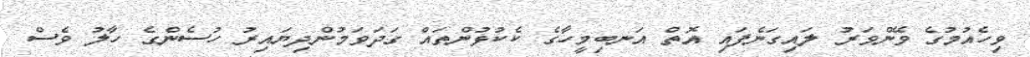
ވިހެއުމުގެ ވޭންވަރު ލައިގަނެފައި އޮތް އަނބިމީހާގެ ކެކުޅުންތައް ގަދަވަމުންދިޔައިރު ހުސެންގެ ހާލު ވެސް